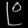
Digit: ၉